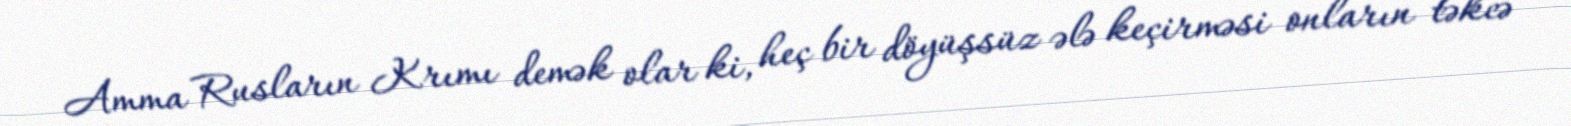
Amma Rusların Krımı demək olar ki, heç bir döyüşsüz ələ keçirməsi onların təkcə